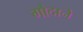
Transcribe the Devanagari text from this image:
गोदाने